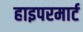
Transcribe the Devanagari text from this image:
हाइपरमार्ट